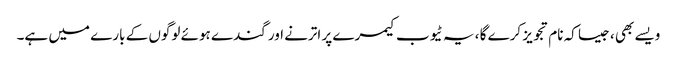
ویسے بھی ، جیسا کہ نام تجویز کرے گا ، یہ ٹیوب کیمرے پر اترنے اور گندے ہوئے لوگوں کے بارے میں ہے۔